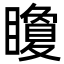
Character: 矎